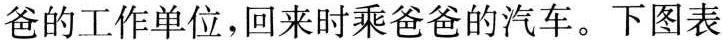
爸的工作单位，回来时乘爸爸的汽车。下图表